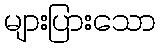
များပြားသော